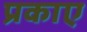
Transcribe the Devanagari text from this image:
प्रकाए